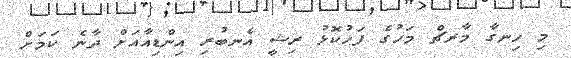
މި ހިނގާ މާރޗް މަހުގެ ފަހުކޮޅު ރިޝީ އެނބުރި އިންޑިއާއަށް ދާނެ ކަމަށް